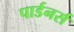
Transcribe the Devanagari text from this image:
पार्डनर्स